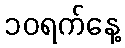
၁၀ရက်နေ့